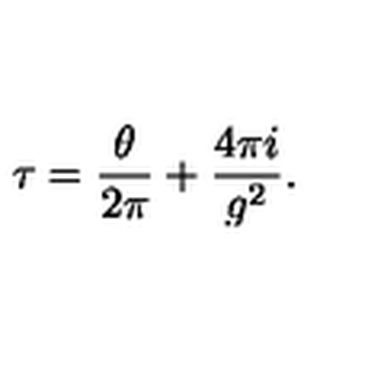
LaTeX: \tau = \frac { \theta } { 2 \pi } + \frac { 4 \pi i } { g ^ { 2 } } .